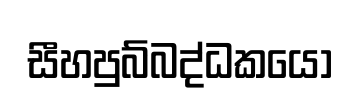
සීහපුබ්බද්ධකයො